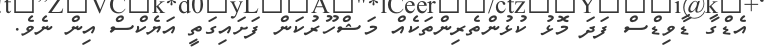
އެޑްގާ ޑާވިޑްސް ފަދަ މޮޅު ކުޅުންތެރިންތަކެއް މަޝްހޫރުކަން ފަށައިގަތީ އަޔެކްސް އިން ނެވެ.